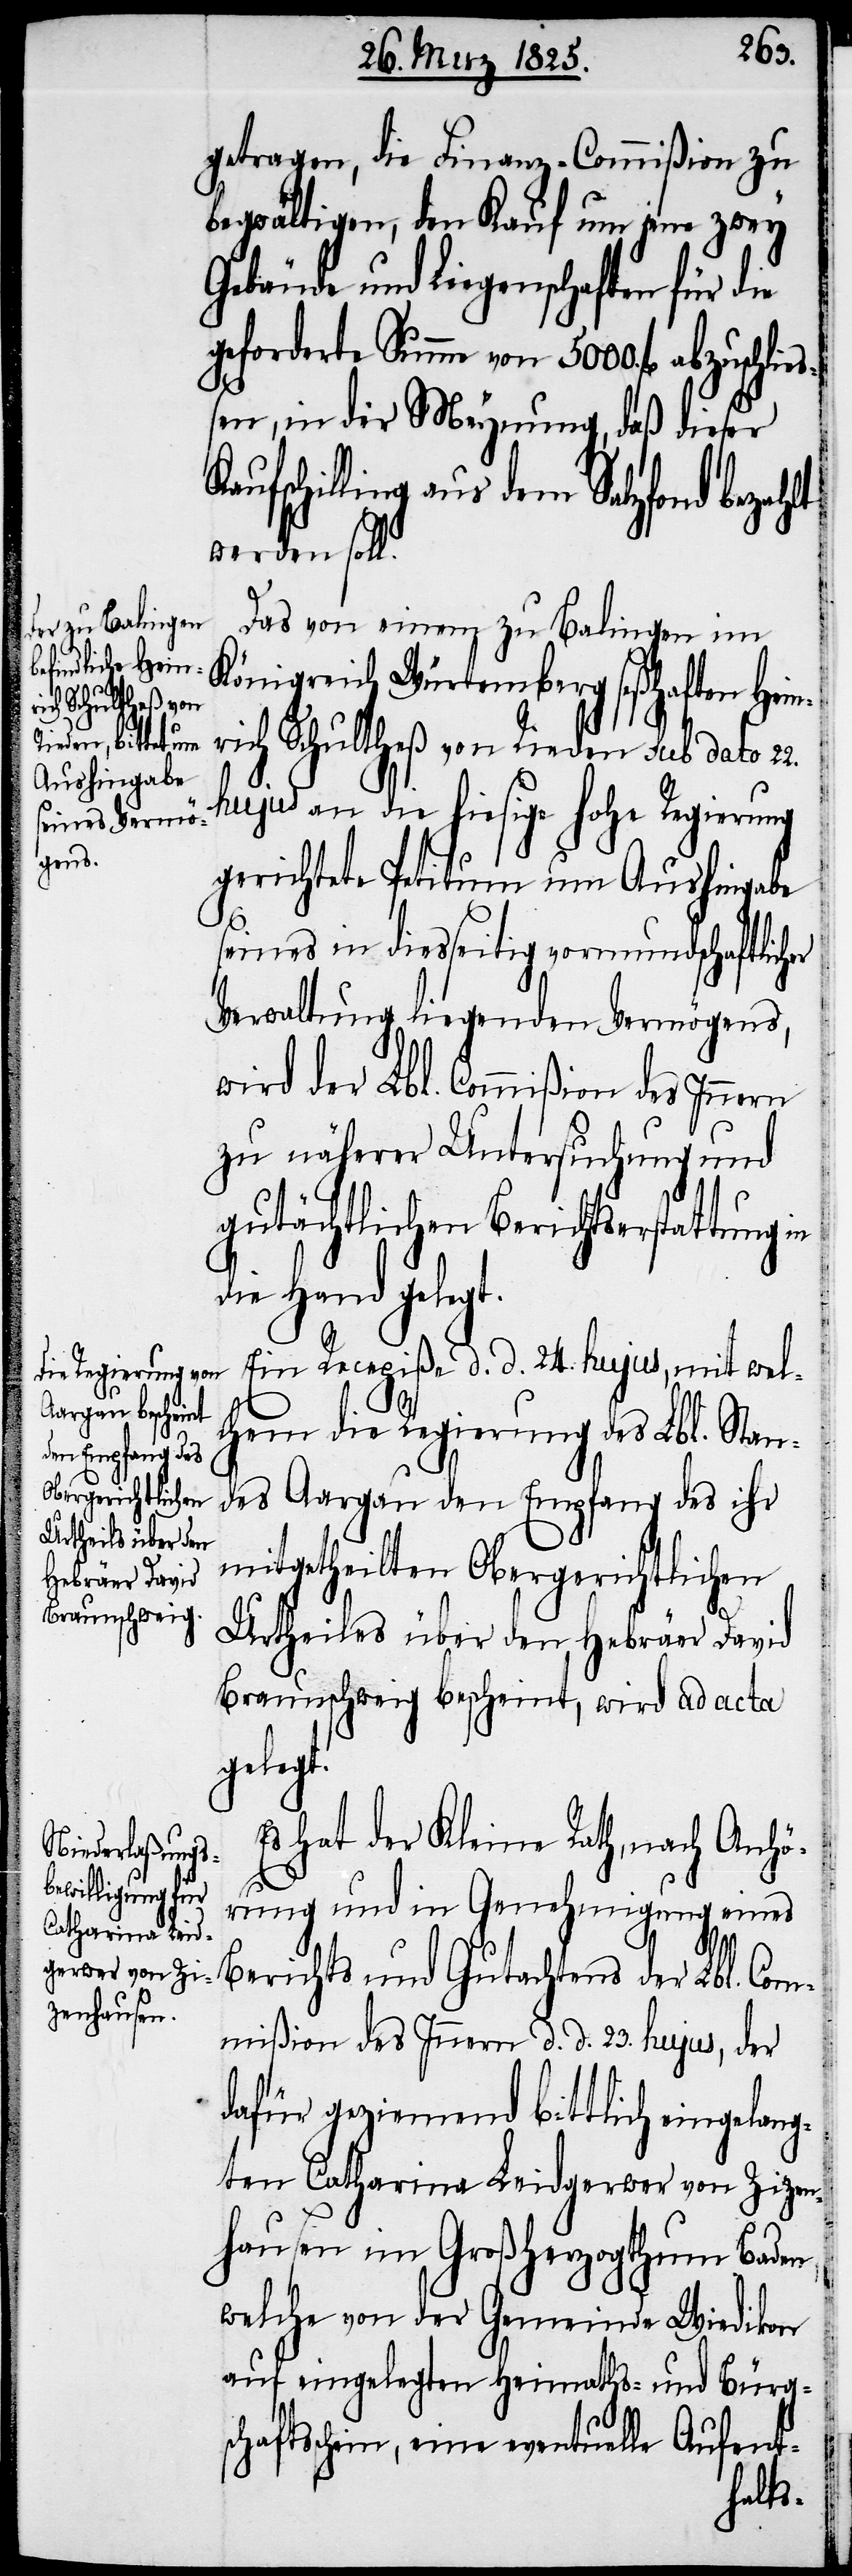
Kaufsc¬

getragen, die Finanz-Commißion zu
begwältigen, den Kauf um jene zwey
Gebäude und Liegenschaften für die
geforderte Summe von 5000. fl abzuschließ¬
en, in der Meynung, daß dieser
hilling aus dem Salzfond bezahlt
werden soll.
Das von einem zu Balingen im
Königreich Würtemberg seßhaften Hei¬
nrich Schultheß von Rieden sub dato
hujus an die hiesige hohe Regierung
gerichtete Petitum um Aushingabe
seines in diesseitig vormundschaftlicher
Verwaltung liegenden Vermögens,
wird der Lbl. Commißion des Innern
zu näherer Untersuchung und
gutächtlichen Berichtserstattung
die Hand gelegt.
Ein Recepiße d. d. 24. hujus, mit wel¬
chem die Regierung des Lbl. Stan¬
des Aargau den Empfang des ihr
mitgetheilten Obergerichtlichen
Urtheiles über den Hebräer David
Braunschweig bescheint, wird ad acta
gelegt.
Es hat der Kleine Rath, nach Anhö¬
rung und in Genehmigung eines
Berichts und Gutachtens der Lbl. Com¬
mißion des Innern d. d. 23. hujus, der
dafür geziemend bittlich eingelang¬
ten Catharina Leidgerwer von Zizen¬
hausen im Großherzogthum Baden,
welche von der Gemeinde Wiedikon
auf eingelegten Heimaths- und Bürgs¬
chaftsschein, eine eventuelle Aufent-